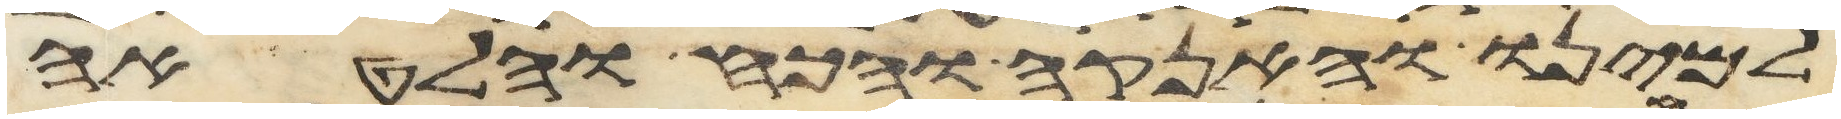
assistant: למינו והאנקה והכח והלאטה